Alma_Vaarman, lk 20
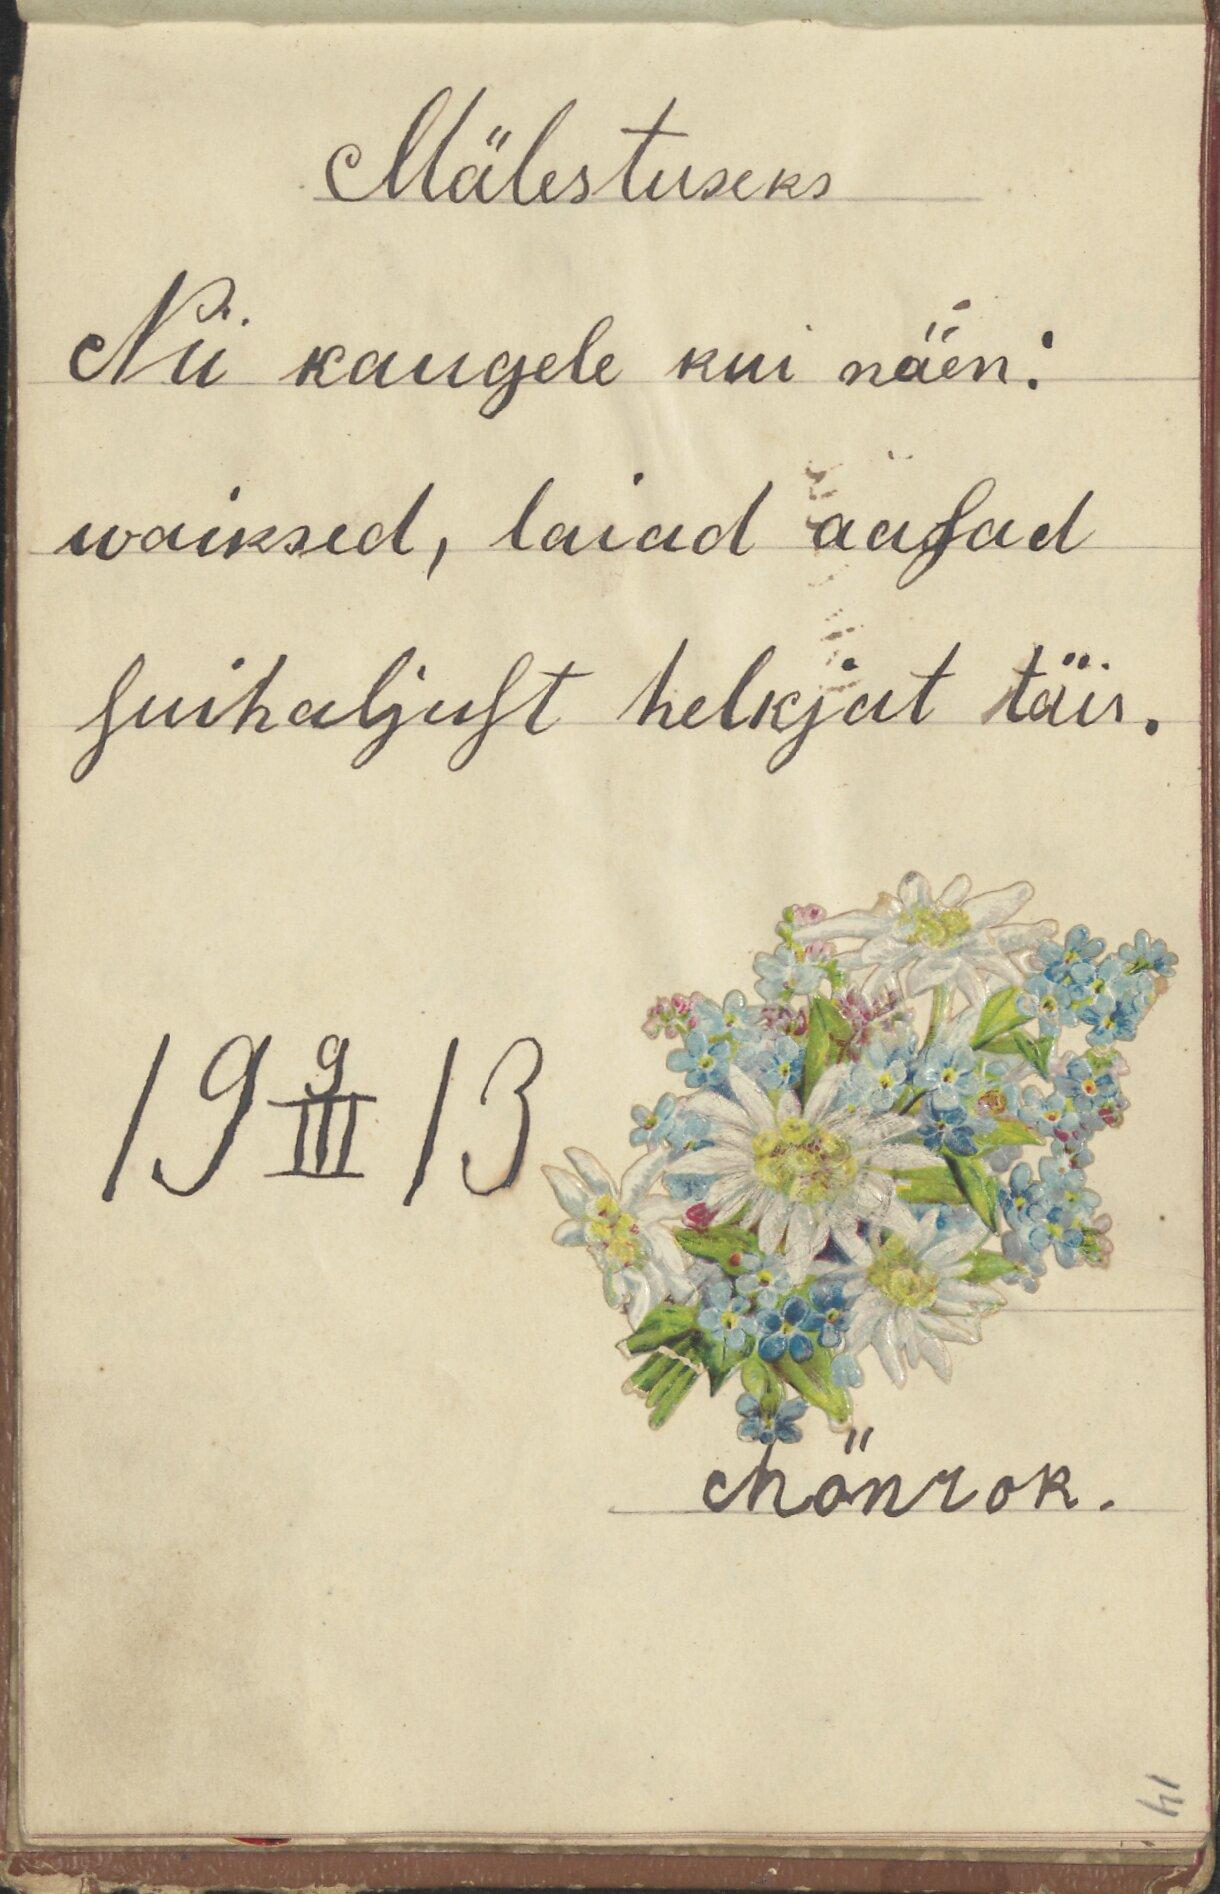
Mälestuseks
Nii kaugele kui näen:
waiksed, laiad aasad
suihaljust helkjat täis.
19 9/III 13.
hönrok